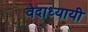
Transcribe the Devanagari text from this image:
वेदाध्यायी